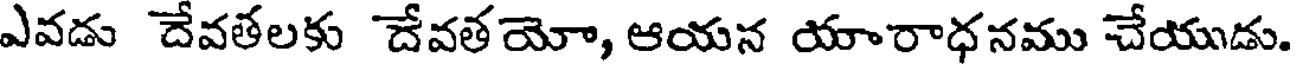
ఎవడు దేవతలకు దేవతయో, ఆయన యారాధనము చేయుడు.